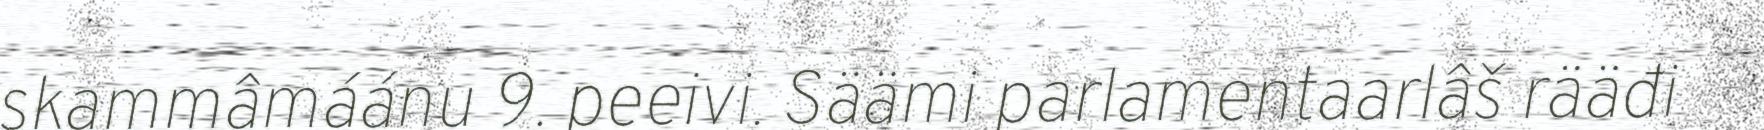
skammâmáánu 9. peeivi. Säämi parlamentaarlâš rääđi